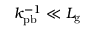
k _ { \mathrm { p b } } ^ { - 1 } \ll L _ { \mathrm { g } }